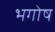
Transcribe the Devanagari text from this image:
भगोष